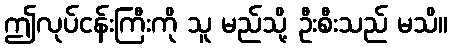
ဤလုပ်ငန်းကြီးကို သူ မည်သို့ ဦးစီးသည် မသိ။